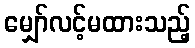
မျှော်လင့်မထားသည့်